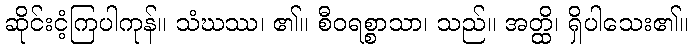
ဆိုင်းငံ့ကြပါကုန်။ သံဃဿ၊ ၏။ စီဝရစ္စာသာ၊ သည်။ အတ္ထိ၊ ရှိပါသေး၏။